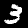
Label: 3